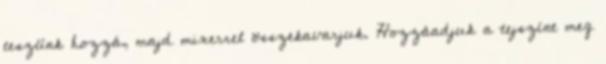
teszünk hozzá, majd mixerrel összekavarjuk. Hozzáadjuk a tejszínt meg